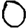
Digit: 0